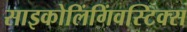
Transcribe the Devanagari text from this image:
साइकोलिंगिंवस्टिक्स